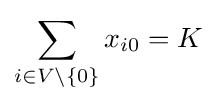
\sum _{i\in {V\backslash \left\{0\right\}}}x_{i0}=K